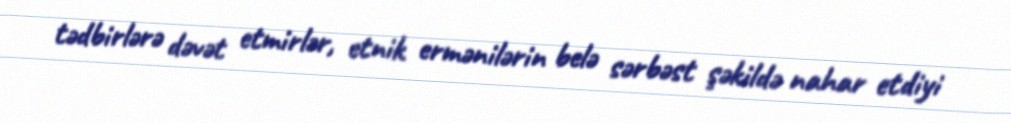
tədbirlərə dəvət etmirlər, etnik ermənilərin belə sərbəst şəkildə nahar etdiyi